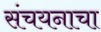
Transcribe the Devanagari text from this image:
संचयनाचा